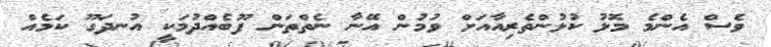
ވެސް އެންމެ މޮޅު ކުޅުންތެރިއާއަށް ވުމުން އޭނާ ނެތްތަން ފޫބެއްދުމަކީ އުނދަގޫ ކަމެއް